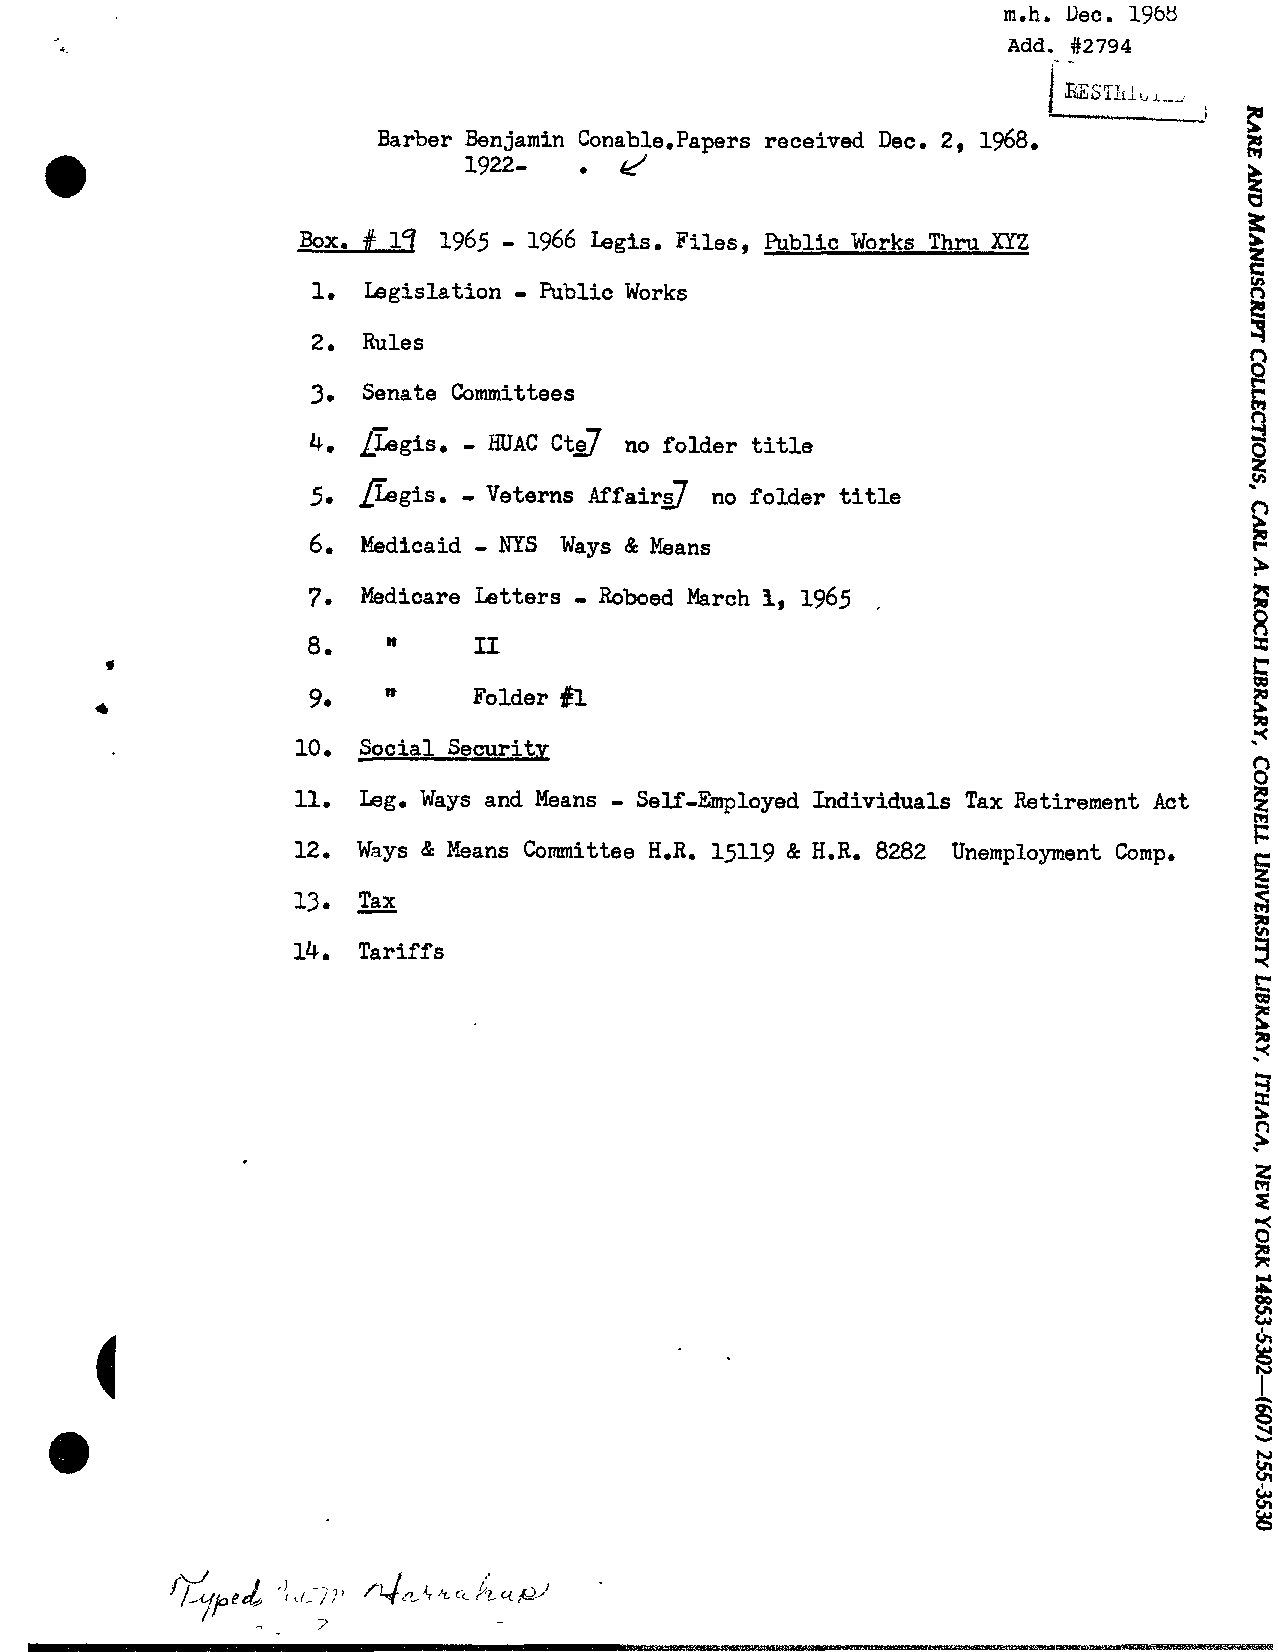
m.h, Dec. 1968
 Add. #2794
 P
 i
 Barber Ben jamin Conable.Papers received Dec. 2, 1968.   G
 1922-     d
 •                                           it
 0
 -
 Box. # 17 1965 1966 Legis. Files, Public Works Thru XYZ
 -
 1. Legislation Public Works
 2. Rules
 3. Senate Committees
 -
 LLgis.      ct27
 4.          HUAC     no folder title
 -
 5. figis.  Veterns Affaird no folder title
 -
 6.  Medicaid NYS Ways & Means
 7.  Medicare Letters = Roboed March I,1 965 ,
 II
 8.    n
 .
 9    n     Folder $1
 10. Social Security
 n
 -                                         g
 11. Leg. Ways and Means Self-Employed Individuals Tax Retirement Act
 ?I
 F
 12. Ways Be Means Committee H.R. 15119 & H.R. 8282 Unemployment Comp.
 C;
 5
 13.
 E
 14. Tariffs